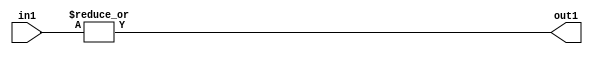
`timescale 1ps / 1ps
/*****************************************************************************
    Verilog RTL Description
    
    
    Created by: Stratus DpOpt 2019.1.01 
*******************************************************************************/

module GaussFilter_OrReduction_4U_1U_4 (
	in1,
	out1
	); /* architecture "behavioural" */ 
input [3:0] in1;
output  out1;
wire  asc001;

assign asc001 = 
	(|in1);

assign out1 = asc001;
endmodule

/* CADENCE  urfyTAg= : u9/ySgnWtBlWxVPRXgAZ4Og= ** DO NOT EDIT THIS LINE ******/